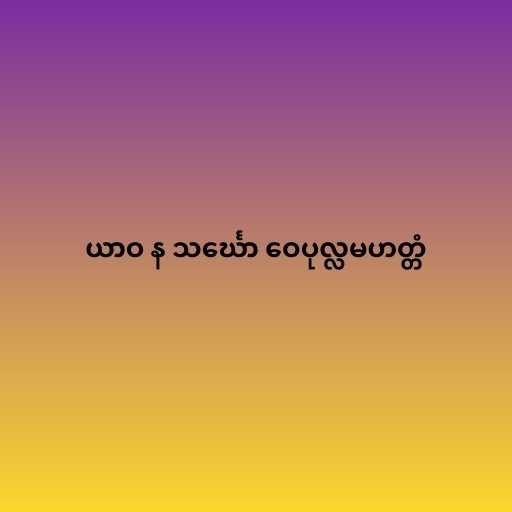
ယာဝ န သင်္ဃော ဝေပုလ္လမဟတ္တံ